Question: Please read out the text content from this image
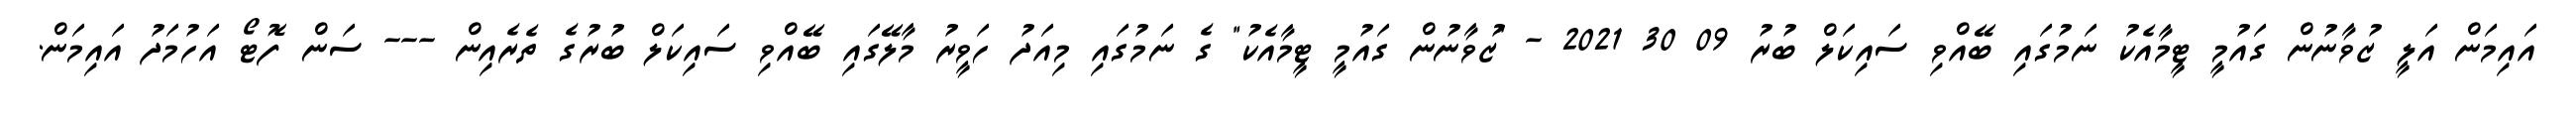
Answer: އައިމަން އަލީ ޒުވާނުން ގައުމީ ޓީމާއެކު ނަމުގައި ބޭއްވި ސައިކަލް ބުރު 09 30 2021 - "ޒުވާނުން ގައުމީ ޓީމާއެކު" ގެ ނަމުގައި މިއަދު ހަވީރު މާލޭގައި ބޭއްވި ސައިކަލް ބުރުގެ ތެރެއިން --- ސަން ފޮޓޯ އަހުމަދު އައިމަން.